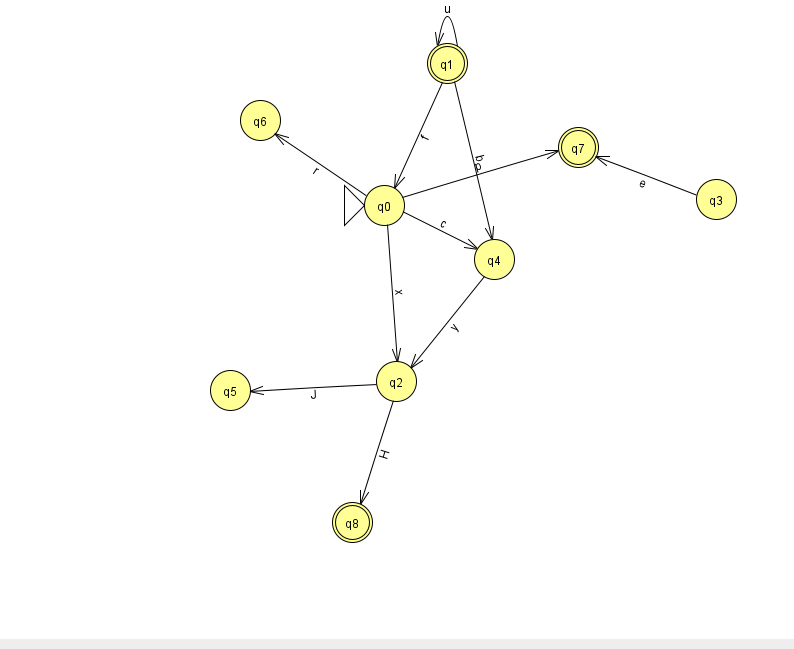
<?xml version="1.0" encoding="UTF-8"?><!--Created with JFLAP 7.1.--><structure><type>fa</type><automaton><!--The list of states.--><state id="0" name="q0"><x>384.0</x><y>192.0</y><initial/></state><state id="1" name="q1"><x>447.0</x><y>50.0</y><final/></state><state id="2" name="q2"><x>396.0</x><y>368.0</y></state><state id="3" name="q3"><x>716.0</x><y>186.0</y></state><state id="4" name="q4"><x>494.0</x><y>246.0</y></state><state id="5" name="q5"><x>230.0</x><y>377.0</y></state><state id="6" name="q6"><x>260.0</x><y>107.0</y></state><state id="7" name="q7"><x>578.0</x><y>134.0</y><final/></state><state id="8" name="q8"><x>352.0</x><y>509.0</y><final/></state><!--The list of transitions.--><transition><from>0</from><to>6</to><read>r</read></transition><transition><from>0</from><to>7</to><read>p</read></transition><transition><from>1</from><to>0</to><read>f</read></transition><transition><from>0</from><to>4</to><read>c</read></transition><transition><from>1</from><to>1</to><read>u</read></transition><transition><from>1</from><to>4</to><read>b</read></transition><transition><from>2</from><to>5</to><read>J</read></transition><transition><from>3</from><to>7</to><read>e</read></transition><transition><from>2</from><to>8</to><read>H</read></transition><transition><from>0</from><to>2</to><read>x</read></transition><transition><from>4</from><to>2</to><read>y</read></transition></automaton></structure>